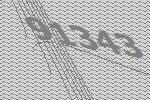
91343